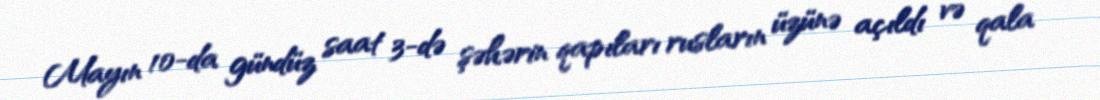
Mayın 10-da gündüz saat 3-də şəhərin qapıları rusların üzünə açıldı və qala